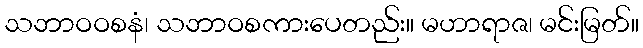
သဘာဝဝစနံ၊ သဘာဝစကားပေတည်း။ မဟာရာဇ၊ မင်းမြတ်။